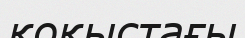
қоқыстағы